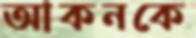
আকনকে